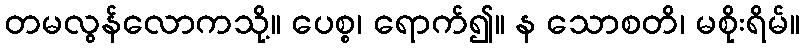
တမလွန်လောကသို့။ ပေစ္စ၊ ရောက်၍။ န သောစတိ၊ မစိုးရိမ်။